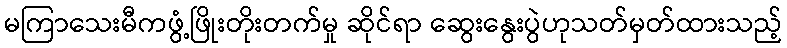
မကြာသေးမီကဖွံ့ဖြိုးတိုးတက်မှု ဆိုင်ရာ ဆွေးနွေးပွဲဟုသတ်မှတ်ထားသည့်